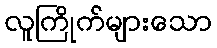
လူကြိုက်များသော